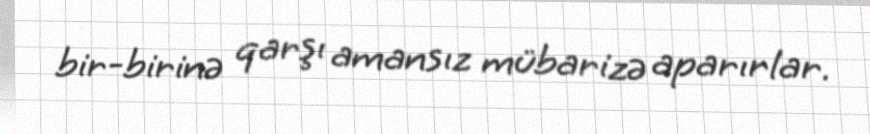
bir-birinə qarşı amansız mübarizə aparırlar.